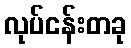
လုပ်ငန်းတခု